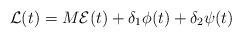
LaTeX: \begin{align*}\mathcal{L}(t)=M\mathcal{E}(t)+\delta_1\phi(t)+\delta_2\psi(t)\end{align*}